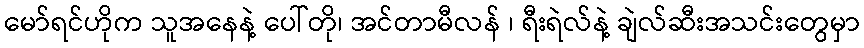
မော်ရင်ဟိုက သူအနေနဲ့ ပေါ်တို၊ အင်တာမီလန် ၊ ရီးရဲလ်နဲ့ ချဲလ်ဆီးအသင်းတွေမှာ